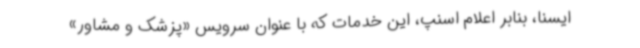
ایسنا، بنابر اعلام اسنپ، این خدمات که با عنوان سرویس «پزشک و مشاور»